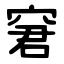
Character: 窘